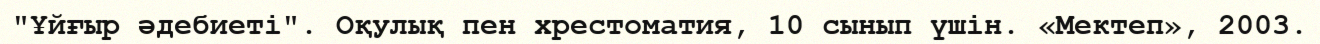
"Ұйғыр әдебиеті". Оқулық пен хрестоматия, 10 сынып үшін. «Мектеп», 2003.